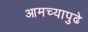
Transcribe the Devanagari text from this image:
आमच्यापुढे